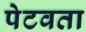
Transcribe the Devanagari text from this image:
पेटवता